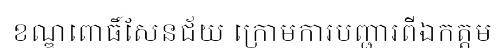
ខណ្ឌពោធិ៍សែនជ័យ ក្រោមការបញ្ជារពីឯកត្តម